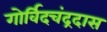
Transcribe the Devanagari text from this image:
गोर्विदचंद्रदास